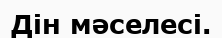
Дін мәселесі.